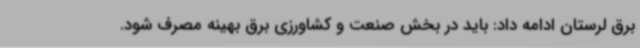
برق لرستان ادامه داد: باید در بخش صنعت و کشاورزی برق بهینه مصرف شود.